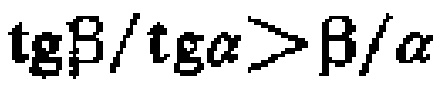
\(\operatorname{tg}\beta/\operatorname{tg}\alpha>\beta/\alpha\)